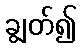
ချွတ်၍